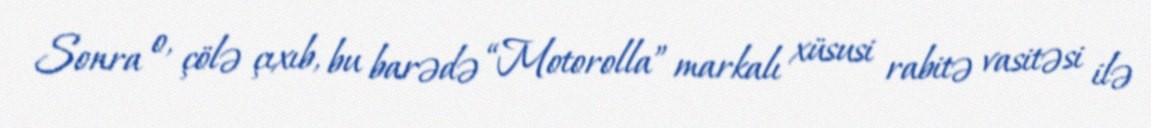
Sonra o, çölə çıxıb, bu barədə “Motorolla” markalı xüsusi rabitə vasitəsi ilə